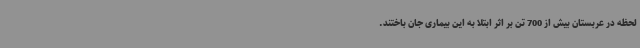
لحظه در عربستان بیش از 700 تن بر اثر ابتلا به این بیماری جان باختند.